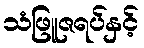
သံဖြူဇရပ်နှင့်